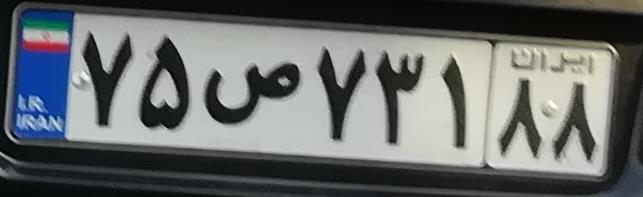
۷۵ص۷۳۱۸۸